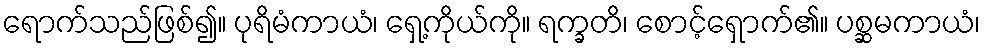
ရောက်သည်ဖြစ်၍။ ပုရိမံကာယံ၊ ရှေ့ကိုယ်ကို။ ရက္ခတိ၊ စောင့်ရှောက်၏။ ပစ္ဆမကာယံ၊